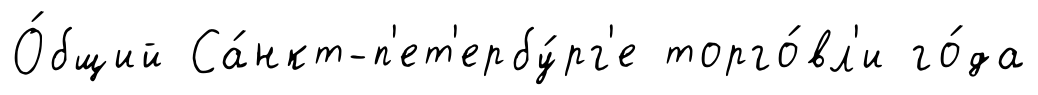
О́бщий Са́нкт-п'ет'ербу́рг'е торго́вл'и го́да